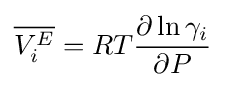
{\overline {V_{i}^{E}}}=RT{\frac {\partial \ln \gamma _{i}}{\partial P}}